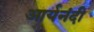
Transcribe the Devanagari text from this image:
आर्यनंदी